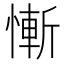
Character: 慚